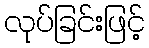
လုပ်ခြင်းဖြင့်